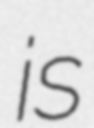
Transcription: is